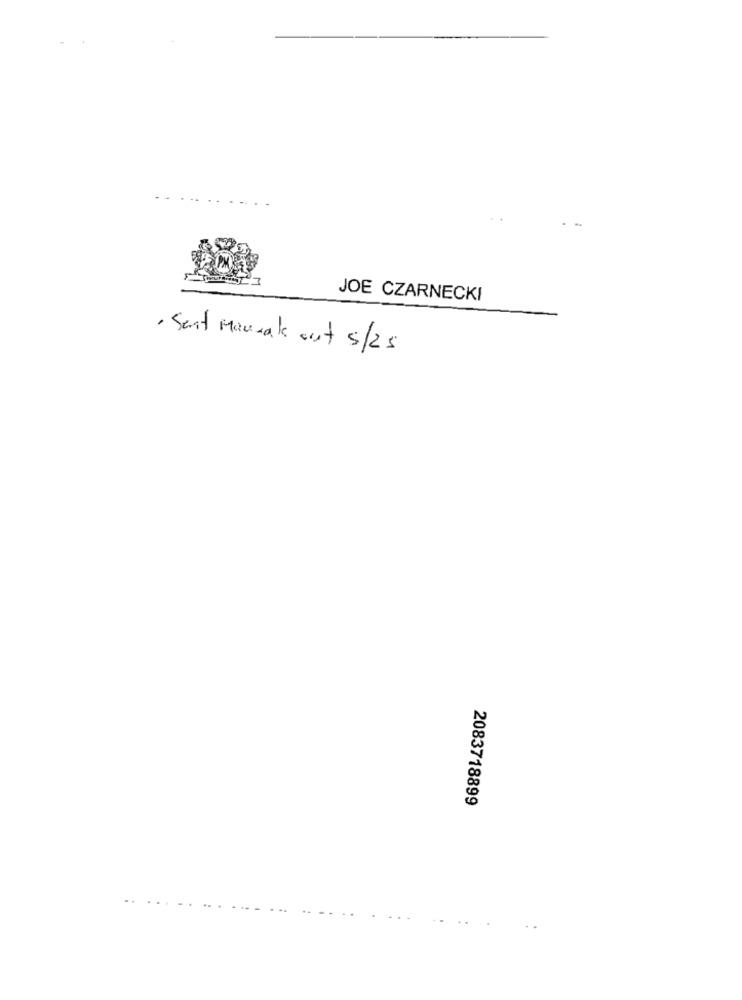
JOE CZARNECKI
Sent Manual out s/25
2083718899
.. .